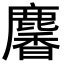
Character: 麘